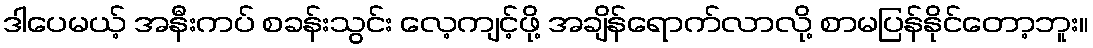
ဒါပေမယ့် အနီးကပ် စခန်းသွင်း လေ့ကျင့်ဖို့ အချိန်ရောက်လာလို့ စာမပြန်နိုင်တော့ဘူး။